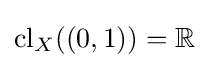
\operatorname {cl} _{X}((0,1))=\mathbb {R}